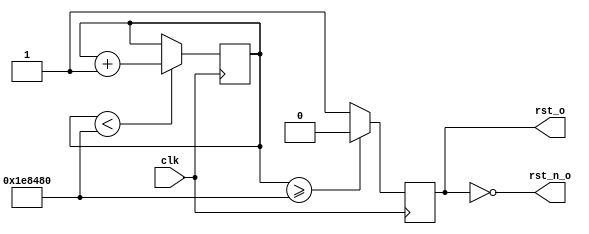
//////////////////////////////////////////////////////////////////////////////////
// Company: 
// Engineer: 
// 
// Design Name: 
// Module Name: reset_module
// Project Name: 
// Target Devices: 
// Tool Versions: 
// Description: 
// 
// Dependencies: 
// 
// Revision:
// Revision 0.01 - File Created
// Additional Comments:
// 
//////////////////////////////////////////////////////////////////////////////////


`timescale 1ns / 1ps

// FPGA

module Reset_Delay  # (
    parameter        FREQ_HZ        = 32'd100000000,
    parameter        RST_MS_MAX     = 'd20          // MS_CNT_MAX
)
(
    input wire         clk,
    output wire        rst_o,
    output wire        rst_n_o
);

localparam MS_CNT = (FREQ_HZ/1000);//1ms
localparam MS_CNT_MAX = MS_CNT * RST_MS_MAX;

reg [31:0]    reset_cnt = 'd0;
reg           rst_o_reg;

always @ (posedge clk)
begin
    if (reset_cnt < MS_CNT_MAX)
    begin
        reset_cnt <= reset_cnt + 1'd1;
    end
end


always @ (posedge clk)
begin
    if (reset_cnt >= MS_CNT_MAX)
    begin
        rst_o_reg <= 1'b0;
    end
    else
    begin
        rst_o_reg <= 1'b1;
    end
end

assign rst_o = rst_o_reg;
assign rst_n_o = ~rst_o_reg;

endmodule